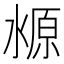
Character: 𬈛